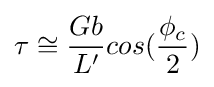
\tau \cong {\frac {Gb}{L'}}cos({\frac {\phi _{c}}{2}})